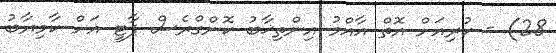
28) - ކުރިއަށް އޮތް އާއްމު އިންތިޚާބު ކޮންގްރެސް ޕާޓީ އަށް ކާމިޔާބު